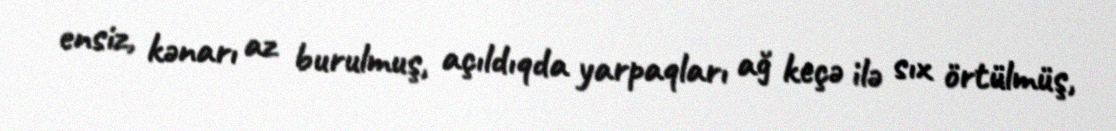
ensiz, kənarı az burulmuş, açıldıqda yarpaqları ağ keçə ilə sıx örtülmüş,